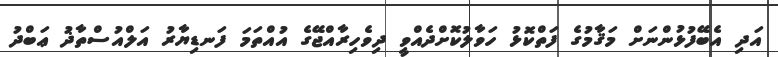
އަދި އެބޭފުޅުންނަށް މަޤާމުގެ ފަތްކޮޅު ހަވާލުކޮށްދެއްވީ ދިވެހިރާއްޖޭގެ އުއްތަމަ ފަނޑިޔާރު އަލްއުސްތާޛު ޢަބްދު